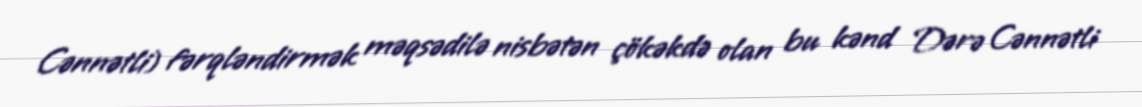
Cənnətli) fərqləndirmək məqsədilə nisbətən çökəkdə olan bu kənd Dərə Cənnətli